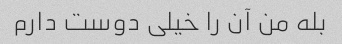
بله من آن را خیلی دوست دارم